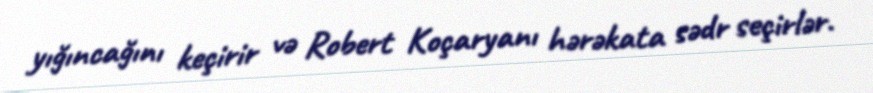
yığıncağını keçirir və Robert Koçaryanı hərəkata sədr seçirlər.